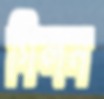
গিলন